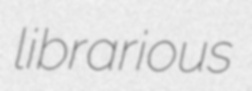
librarious